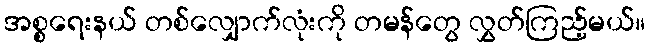
အစ္စရေးနယ် တစ်လျှောက်လုံးကို တမန်တွေ လွှတ်ကြည့်မယ်။